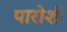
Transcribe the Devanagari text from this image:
पारोशी